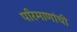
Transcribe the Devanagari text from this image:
परिमाणांची